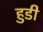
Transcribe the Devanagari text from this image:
हुडी